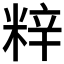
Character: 𮇞